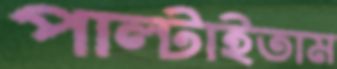
পাল্‌টাইতাম